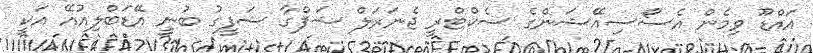
އައްޑޫ ވިމެން އެސޯސިއޭޝަންގެ ސެކްޓްރީ ޖެނަރަލް ޝަފްގާ ޝަފީގު ބުނީ އޭޑަބްލިއުއޭ އަކީ